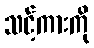
သင့်ကားကို